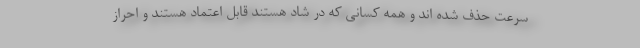
سرعت حذف شده اند و همه کسانی که در شاد هستند قابل اعتماد هستند و احراز